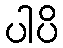
ပါပိ